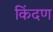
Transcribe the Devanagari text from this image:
किंदण